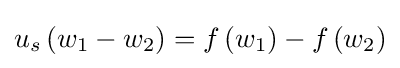
u_{s}\left(w_{1}-w_{2}\right)=f\left(w_{1}\right)-f\left(w_{2}\right)